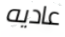
عاديه